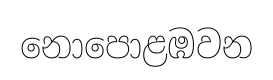
නොපොළඹවන